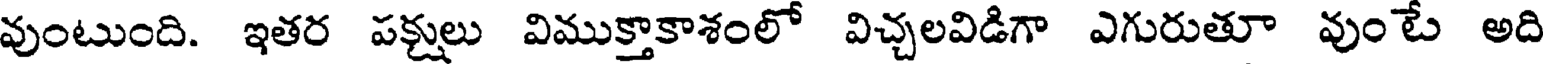
వుంటుంది. ఇతర పక్షులు విముక్తాకాశంలో విచ్చలవిడిగా ఎగురుతూ వుంటే అది